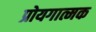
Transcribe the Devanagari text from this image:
प्रोयगात्मक